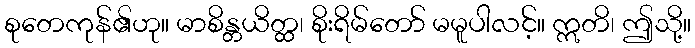
စုတေကုန်၏ဟု။ မာစိန္တယိတ္ထ၊ စိုးရိမ်တော် မမူပါလင့်။ ဣတိ၊ ဤသို့။